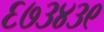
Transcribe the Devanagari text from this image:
६७३४३९